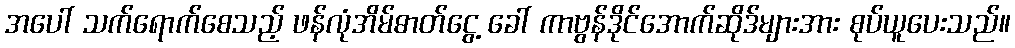
အပေါ် သက်ရောက်စေသည့် ဖန်လုံအိမ်ဓာတ်ငွေ့ ခေါ် ကာဗွန်ဒိုင်အောက်ဆိုဒ်များအား စုပ်ယူပေးသည်။